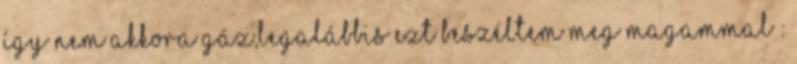
így nem akkora gáz,legalábbis ezt beszéltem meg magammal :